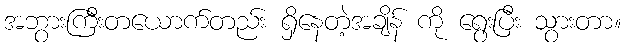
အဘွားကြီးတယောက်တည်း ရှိနေတဲ့အချိန် ကို ရွေးပြီး သွားတာ။